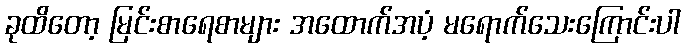
ခုထိတော့ မြင်းစာရေစာများ အထောက်အပံ့ မရောက်သေးကြောင်းပါ